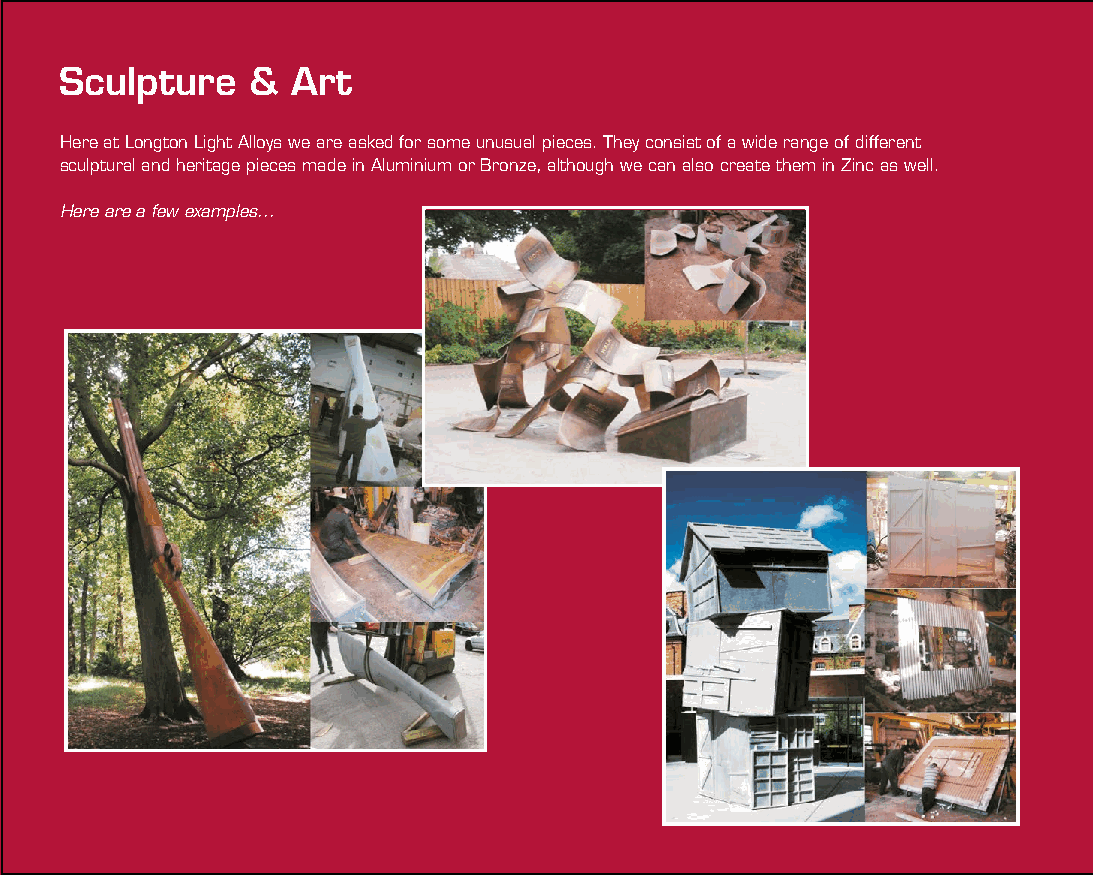
Heritage   &  Restoration
 Sculpture   &  Art
 Here at Longton Light Alloys we are asked for some unusual pieces. They consist of a wide range of different From plaques to stanchions to the bonnet of a tractor, we have made various castings for Heritage and Restoration
 sculptural and heritage pieces made in Aluminium or Bronze, although we can also create them in Zinc as well. projects including different parts for listed buildings such as window frames and latches.
 Here are a few examples...
 noitarotseR
 &
 egatireH
 erutplucS